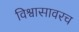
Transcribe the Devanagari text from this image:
विश्वासावरच